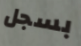
بسجل